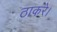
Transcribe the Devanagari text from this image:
ठाकरे।